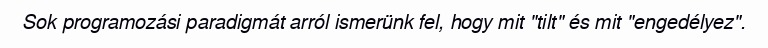
Sok programozási paradigmát arról ismerünk fel, hogy mit "tilt" és mit "engedélyez".